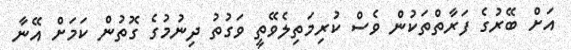
އަށް ބޭރުގެ ފަރާތްތަކުން ވެސް ކުރިމަތިލެވޭތީ ވަގުތު ދިނުމުގެ ގޮތުން ކަމަށް އޭނާ